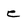
Character: e